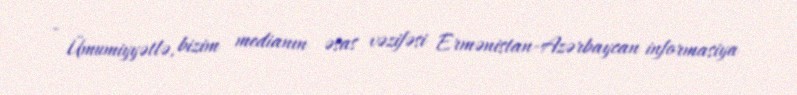
- Ümumiyyətlə, bizim medianın əsas vəzifəsi Ermənistan-Azərbaycan informasiya